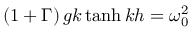
\left( 1 + \Gamma \right) g k \operatorname { t a n h } { k h } = \omega _ { 0 } ^ { 2 }